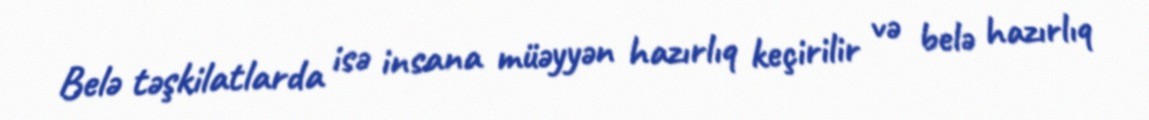
Belə təşkilatlarda isə insana müəyyən hazırlıq keçirilir və belə hazırlıq